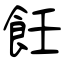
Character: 飪